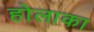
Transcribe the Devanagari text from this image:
होलाका